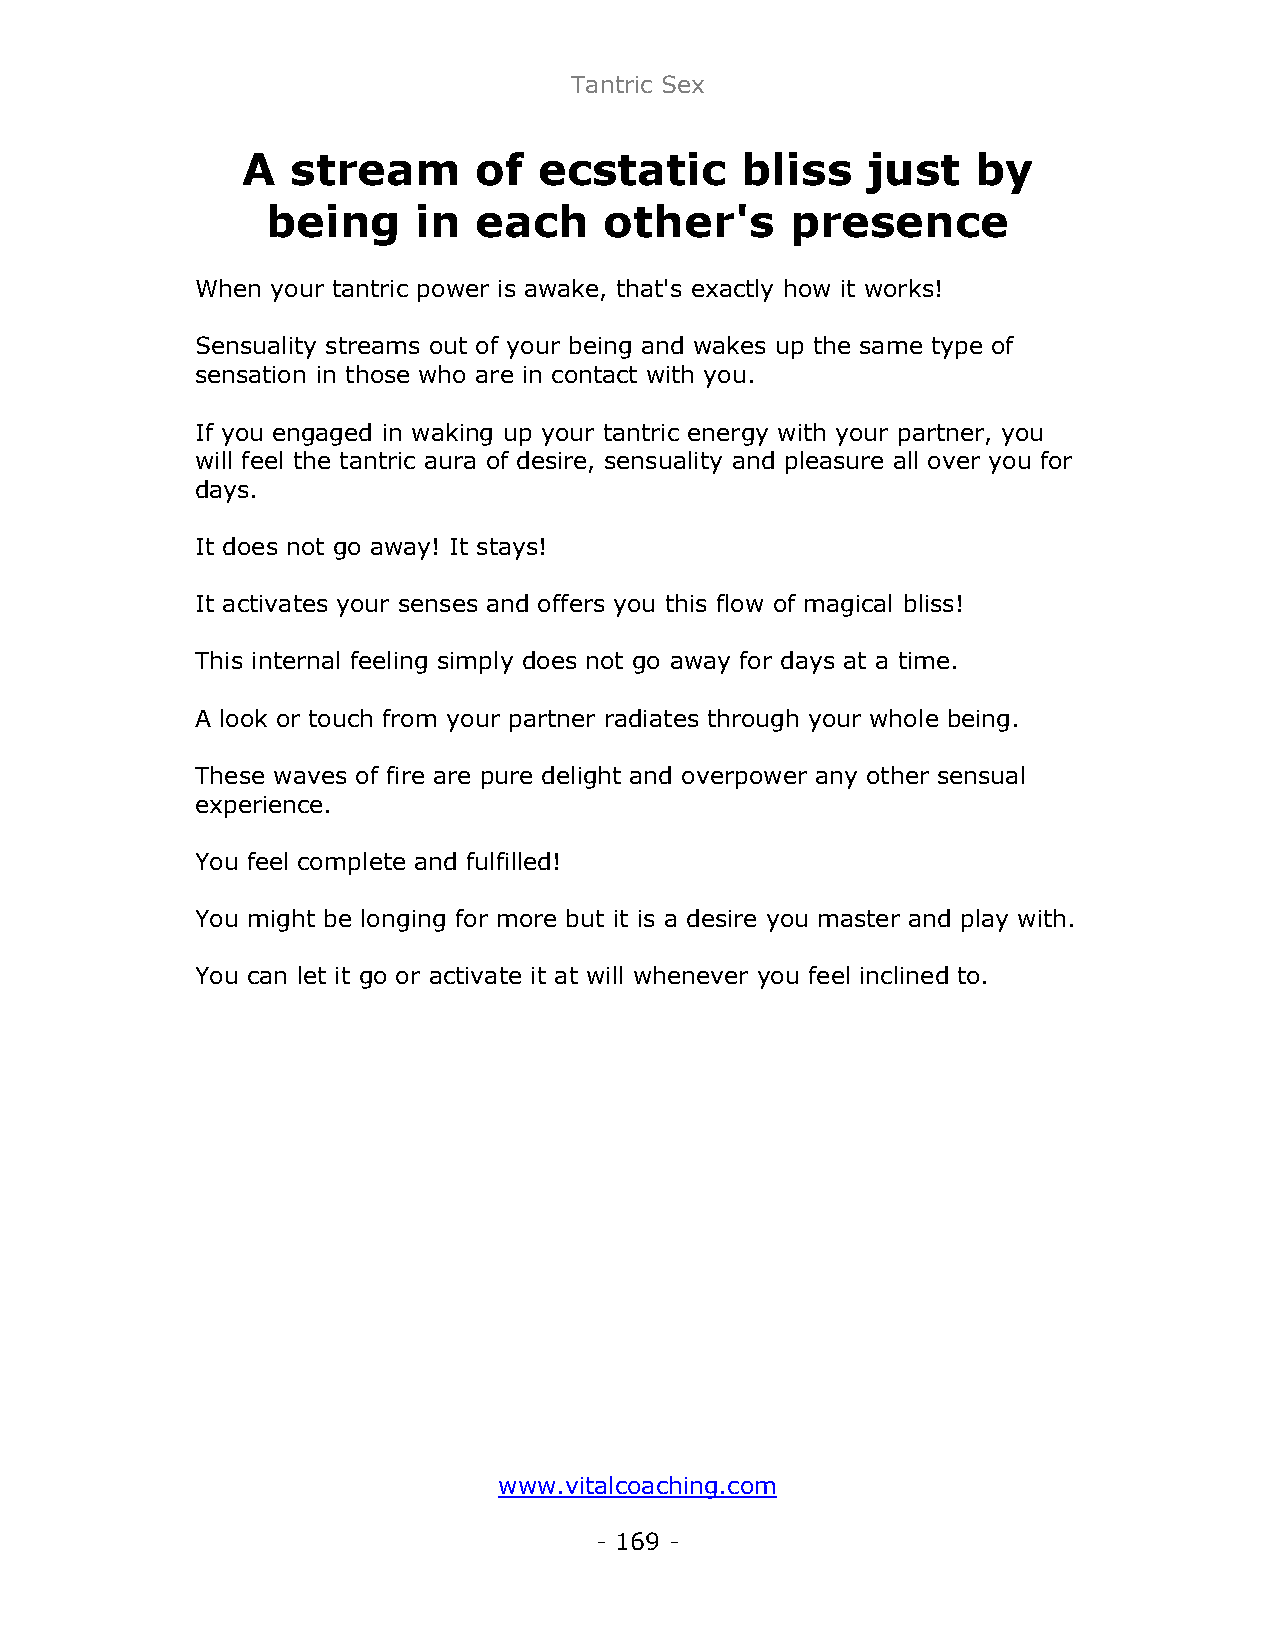
Tantric Sex
 A  stream      of   ecstatic     bliss   just    by
 being     in  each    other's     presence
 When your tantric power is awake, that's exactly how it works!
 Sensuality streams out of your being and wakes up the same type of
 sensation in those who are in contact with you.
 If you engaged in waking up your tantric energy with your partner, you
 will feel the tantric aura of desire, sensuality and pleasure all over you for
 days.
 It does not go away! It stays!
 It activates your senses and offers you this flow of magical bliss!
 This internal feeling simply does not go away for days at a time.
 A look or touch from your partner radiates through your whole being.
 These waves of fire are pure delight and overpower any other sensual
 experience.
 You feel complete and fulfilled!
 You might be longing for more but it is a desire you master and play with.
 You can let it go or activate it at will whenever you feel inclined to.
 www.vitalcoaching.com
 - 169 -